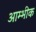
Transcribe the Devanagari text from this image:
आम्भीक